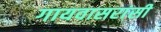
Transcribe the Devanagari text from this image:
गायवासरांसी